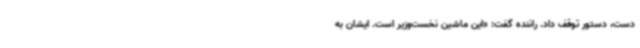
دست، دستور توقف داد. راننده گفت: «این ماشین نخست‌وزیر است. ایشان به